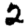
Digit: 2